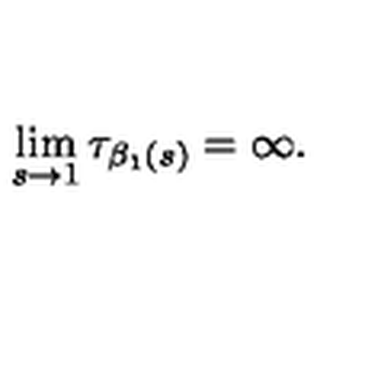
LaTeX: \lim _ { s \rightarrow 1 } \tau _ { \beta _ { 1 } ( s ) } = \infty .